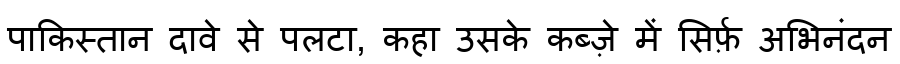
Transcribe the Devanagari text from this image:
पाकिस्तान दावे से पलटा, कहा उसके कब्ज़े में सिर्फ़ अभिनंदन